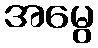
အမွေ